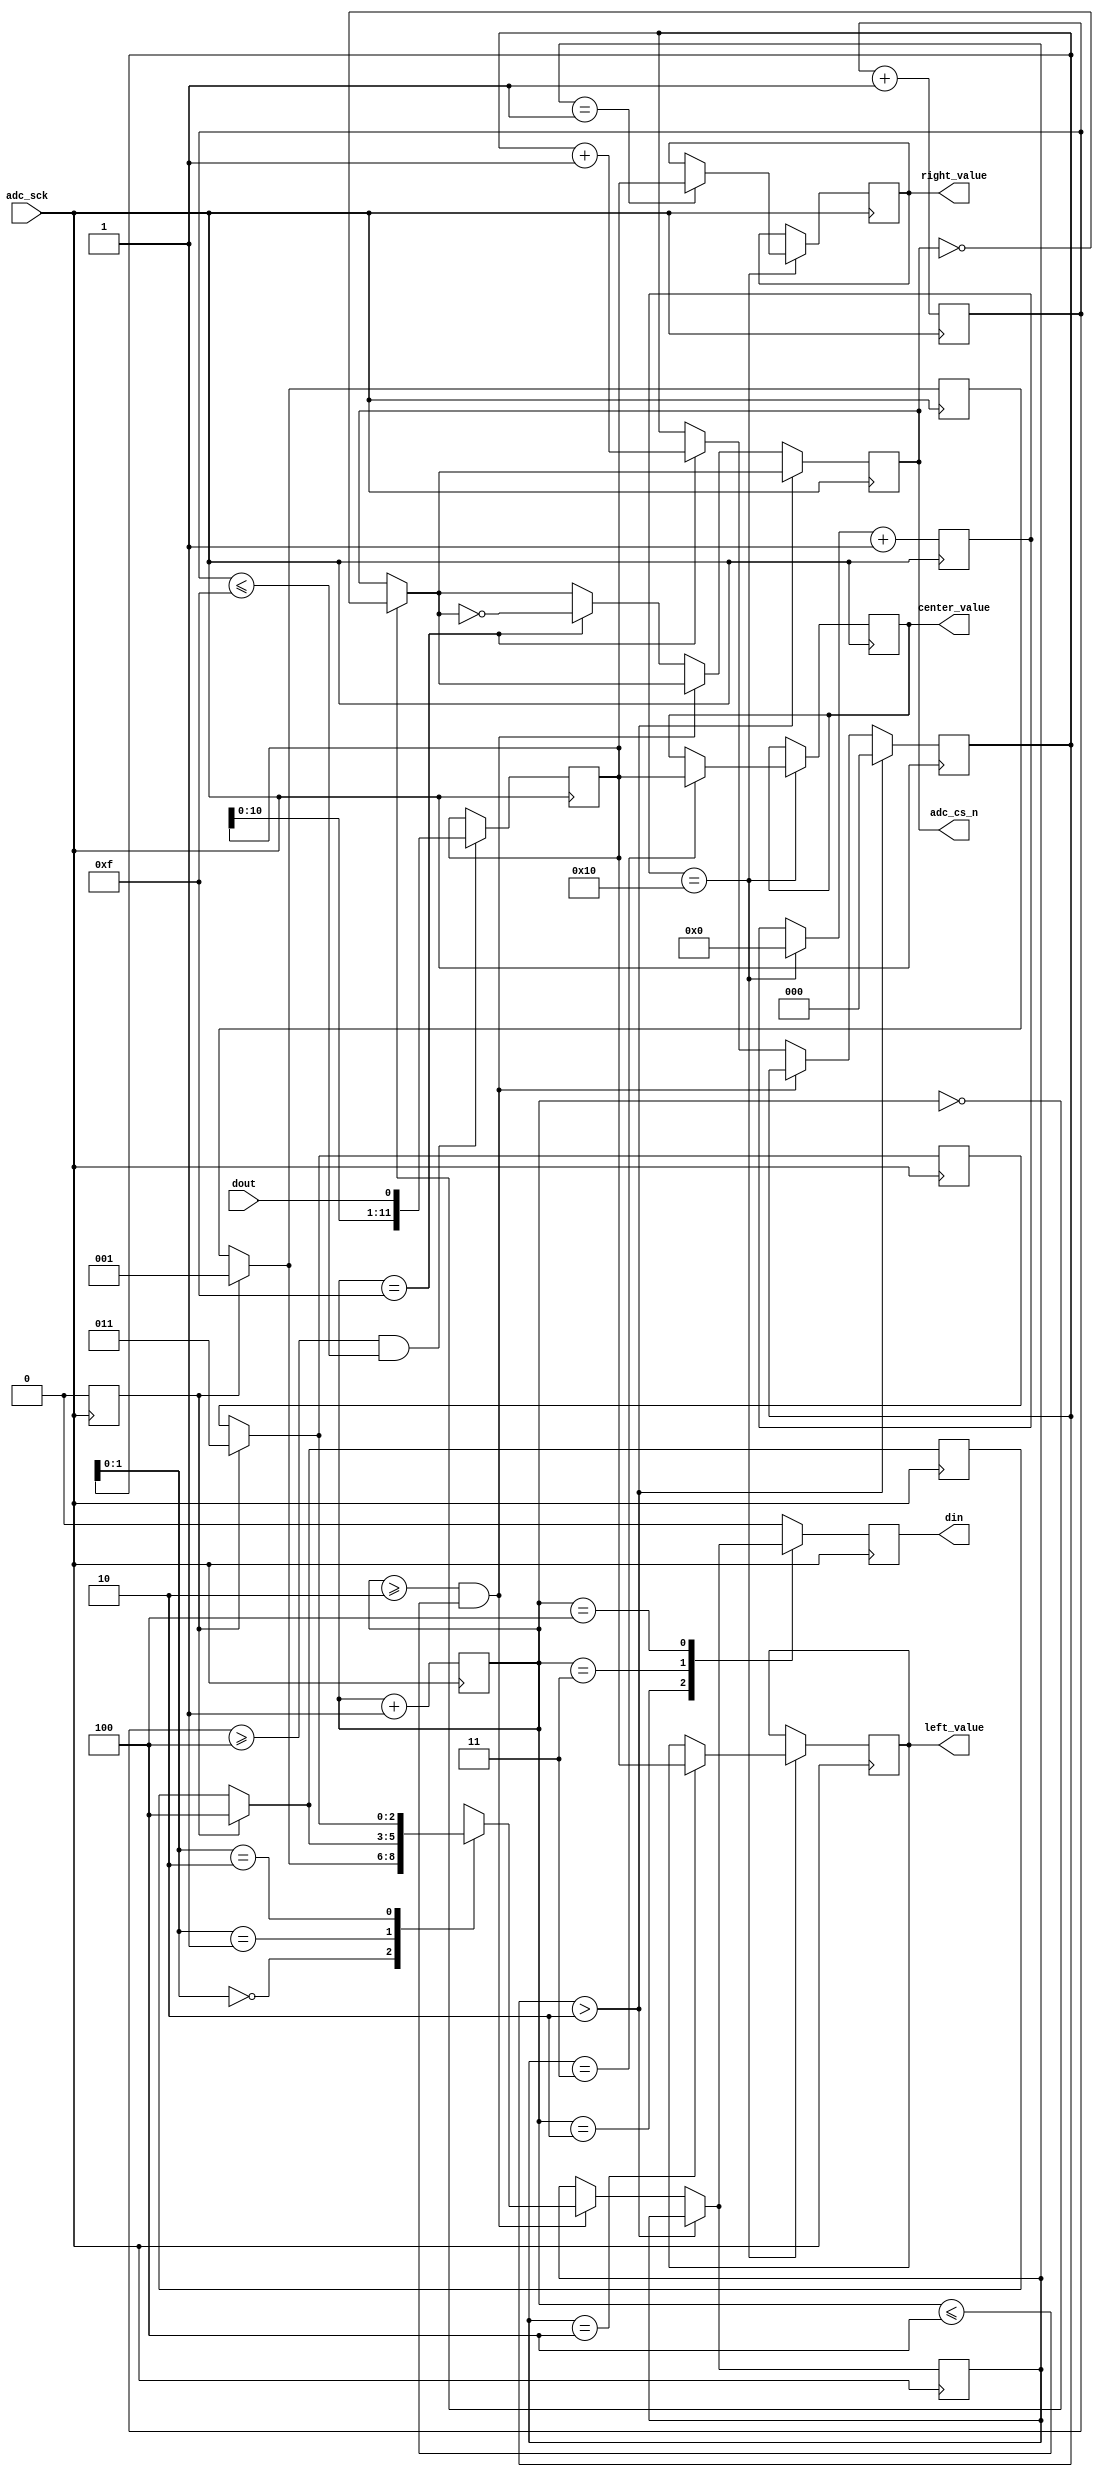
module ADC_Controller(
    input  dout, adc_sck,
    output adc_cs_n, din,
    output [11:0] left_value, center_value, right_value
);

// Declaring registers
reg[11:0] dout_chx, dout_ch1 = 0, dout_ch4 = 0, dout_ch3 = 0;
reg[4:0] data_counter = 0;
reg[3:0] din_counter = 0, sp_counter = 0;
reg[2:0] channel_select = 0, channel = 0;
reg[2:0] mem1 [0:2];
reg adc_cs = 1, din_temp = 0, init = 1;

always @(negedge adc_sck) begin
    // Initializing Channels for 1, 4, 3 to get input from the line follower sensor
    if(init == 1) begin
        // memory initialization
        init = 0; mem1[0] = 1; mem1[1] = 4; mem1[2] = 3;
    end

    // Generating digital input signal which holds the analog channel address
    if (din_counter == 0) adc_cs = ~adc_cs;
    if (channel_select > 2) channel_select = 0;
    else if((din_counter >= 2) && (din_counter <= 4)) channel = mem1[channel_select];
    else if(din_counter == 15) begin
            adc_cs = ~adc_cs;
            channel_select = channel_select + 1'b1;
    end

    case(din_counter)
        2: din_temp = channel[2];
        3: din_temp = channel[1];
        4: din_temp = channel[0];
        default: din_temp = 0;
    endcase
    din_counter = din_counter + 1'b1;
end

// Serial In Parallel Out Block
always @(posedge adc_sck) begin
    // Reading Serial Values from dout signal,
    // then shifting that values into parallel data
    if(sp_counter >= 4 && sp_counter <= 15) begin
        dout_chx = {dout_chx[10:0], dout};
    end
    sp_counter = sp_counter + 1'b1;
end

// Channel Mapping Block
always @(negedge adc_sck) begin
    if(data_counter == 16) begin
        data_counter = 0;
        // Mapping parallel data to appropriate output channels
        case(channel)
            1: dout_ch1 = dout_chx;
            4: dout_ch4 = dout_chx;
            3: dout_ch3 = dout_chx;
        endcase
    end
    data_counter = data_counter + 1'b1;
end

// Assigning Outputs to corresponding Registers
assign adc_cs_n = adc_cs;
assign din = din_temp;
assign left_value = dout_ch4;
assign center_value = dout_ch3;
assign right_value = dout_ch1;

endmodule